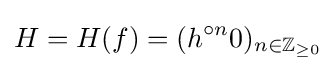
H=H(f)=(h^{\circ n}0)_{n\in \mathbb {Z} _{\geq 0}}